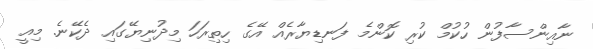
ނާއިންސާފުން ހުކުމް ކުރި ކޮންމެ ފަނޑިޔާރެއް އޭގެ ހިތިރަހަ މިދުނިޔޭގައި ދެކޭނެ. މިއީ